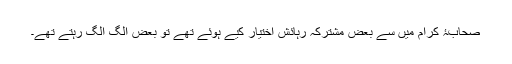
صحابۂ کرام میں سے بعض مشترکہ رہائش اختیار کیے ہوئے تھے تو بعض الگ الگ رہتے تھے۔